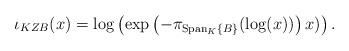
LaTeX: \begin{align*} \iota_{KZB}(x)=\log\left(\exp\left(-\pi_{\mathrm{Span}_{K}\{B\}}(\log(x))\right)x)\right).\end{align*}